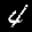
Label: 4